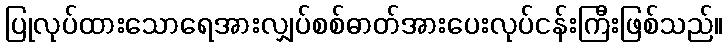
ပြုလုပ်ထားသောရေအားလျှပ်စစ်ဓာတ်အားပေးလုပ်ငန်းကြီးဖြစ်သည်။